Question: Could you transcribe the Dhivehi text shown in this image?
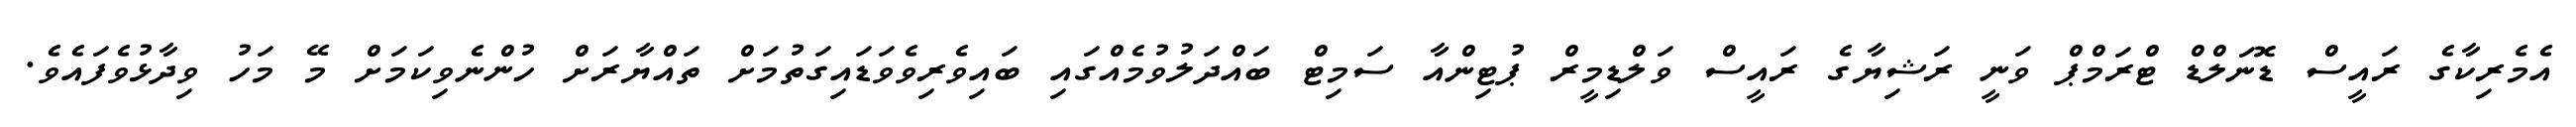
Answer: އެމެރިކާގެ ރައީސް ޑޮނަލްޑް ޓްރަމްޕް ވަނީ ރަޝިޔާގެ ރައީސް ވަލްޑިމީރް ޕުޓިންއާ ސަމިޓް ބައްދަލުވުމެއްގައި ބައިވެރިވެވަޑައިގަތުމަށް ތައްޔާރަށް ހުންނެވިކަމަށް މޭ މަހު ވިދާޅުވެފައެވެ.